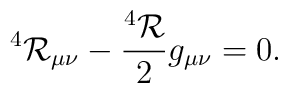
^4{\cal R}_{\mu\nu}-\frac{^4{\cal R} }{2}  g_{\mu\nu}=0.